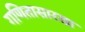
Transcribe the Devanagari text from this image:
गणितासारखा